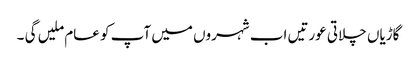
گاڑیاں چلاتی عورتیں اب شہروں میں آپ کو عام ملیں گی ۔